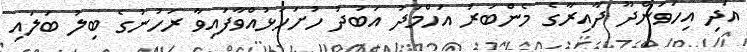
އަދި އިހަވަންދޫ ދާއިރާގެ މެންބަރު އަހްމަދު އަބުދު ހުށަހަޅުއްވާފައިވާ ރަހުނުގެ ބިލު ބަލައި